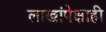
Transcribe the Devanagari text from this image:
लाखांपेक्षाही